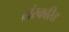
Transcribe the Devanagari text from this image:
संस्करित